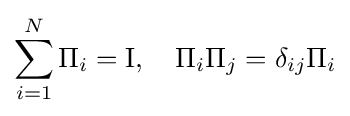
\sum _{i=1}^{N}\Pi _{i}=\operatorname {I} ,\quad \Pi _{i}\Pi _{j}=\delta _{ij}\Pi _{i}